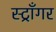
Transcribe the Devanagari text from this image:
स्ट्राँगर